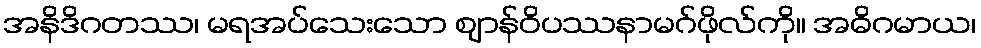
အနိဒိဂတဿ၊ မရအပ်သေးသော ဈာန်ဝိပဿနာမဂ်ဖိုလ်ကို။ အဓိဂမာယ၊